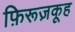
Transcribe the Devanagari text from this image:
फ़िरूज़कूह